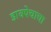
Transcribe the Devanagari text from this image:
डावपेचाचा